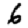
Digit: 6